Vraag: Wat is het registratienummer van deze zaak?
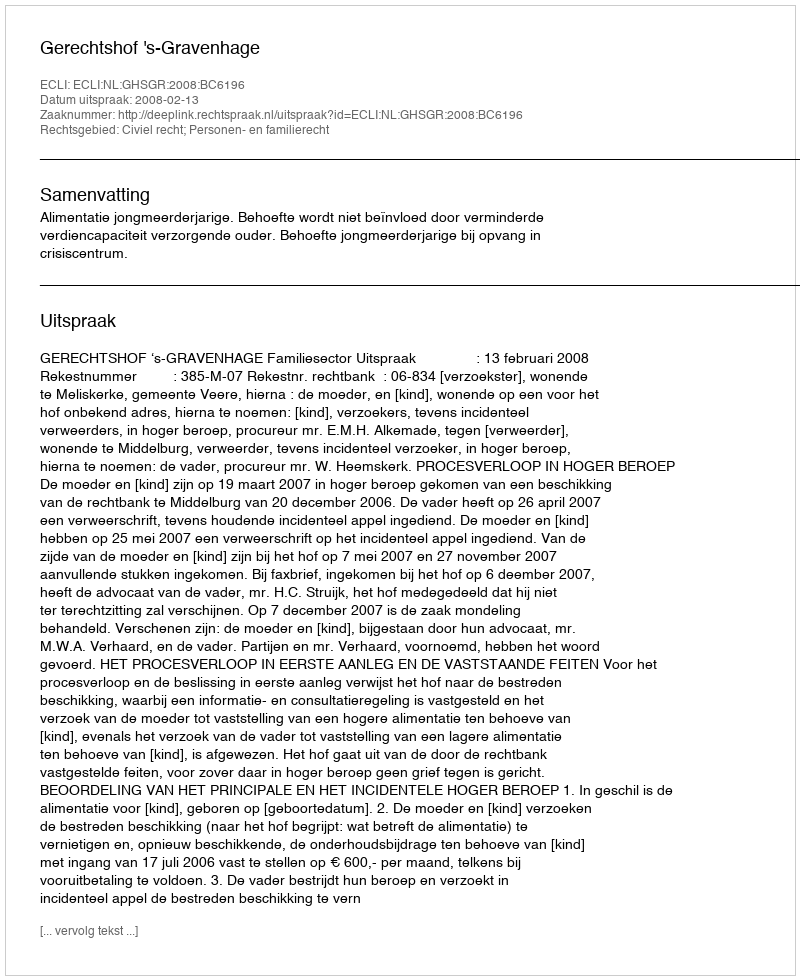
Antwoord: http://deeplink.rechtspraak.nl/uitspraak?id=ECLI:NL:GHSGR:2008:BC6196